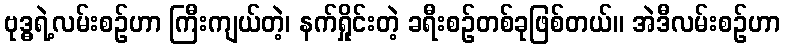
ဗုဒ္ဓရဲ့လမ်းစဉ်ဟာ ကြီးကျယ်တဲ့၊ နက်ရှိုင်းတဲ့ ခရီးစဉ်တစ်ခုဖြစ်တယ်။ အဲဒီလမ်းစဉ်ဟာ